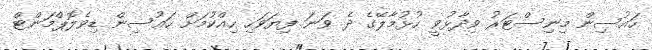
ހައުސިން މިނިސްޓަރު ވިދާޅުވީ ހުޅުމާލޭގެ ދެ ވަނަ ފިޔަވަހި ހިއްކުމަށް ހައުސިން ޑިވެލޮޕްމަންޓް